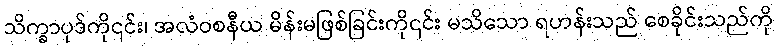
သိက္ခာပုဒ်ကို၎င်း၊ အလံဝစနီယ မိန်းမဖြစ်ခြင်းကို၎င်း မသိသော ရဟန်းသည် စေခိုင်းသည်ကို